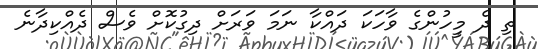
ތި ދެ މީހުންގެ ވާހަކަ ދައްކާ ނަމަ ވަރަށް ދިގުކޮށް ވެސް ދެއްކިދާނެ